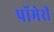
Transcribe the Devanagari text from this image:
पॉमेरी